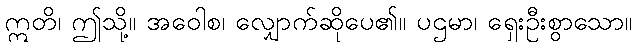
ဣတိ၊ ဤသို့။ အဝေါစ၊ လျှောက်ဆိုပေ၏။ ပဌမာ၊ ရှေးဦးစွာသော။